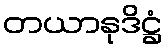
တယာနုဒိဋ္ဌံ